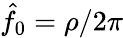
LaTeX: \hat{f}_{0}=\rho/2\pi